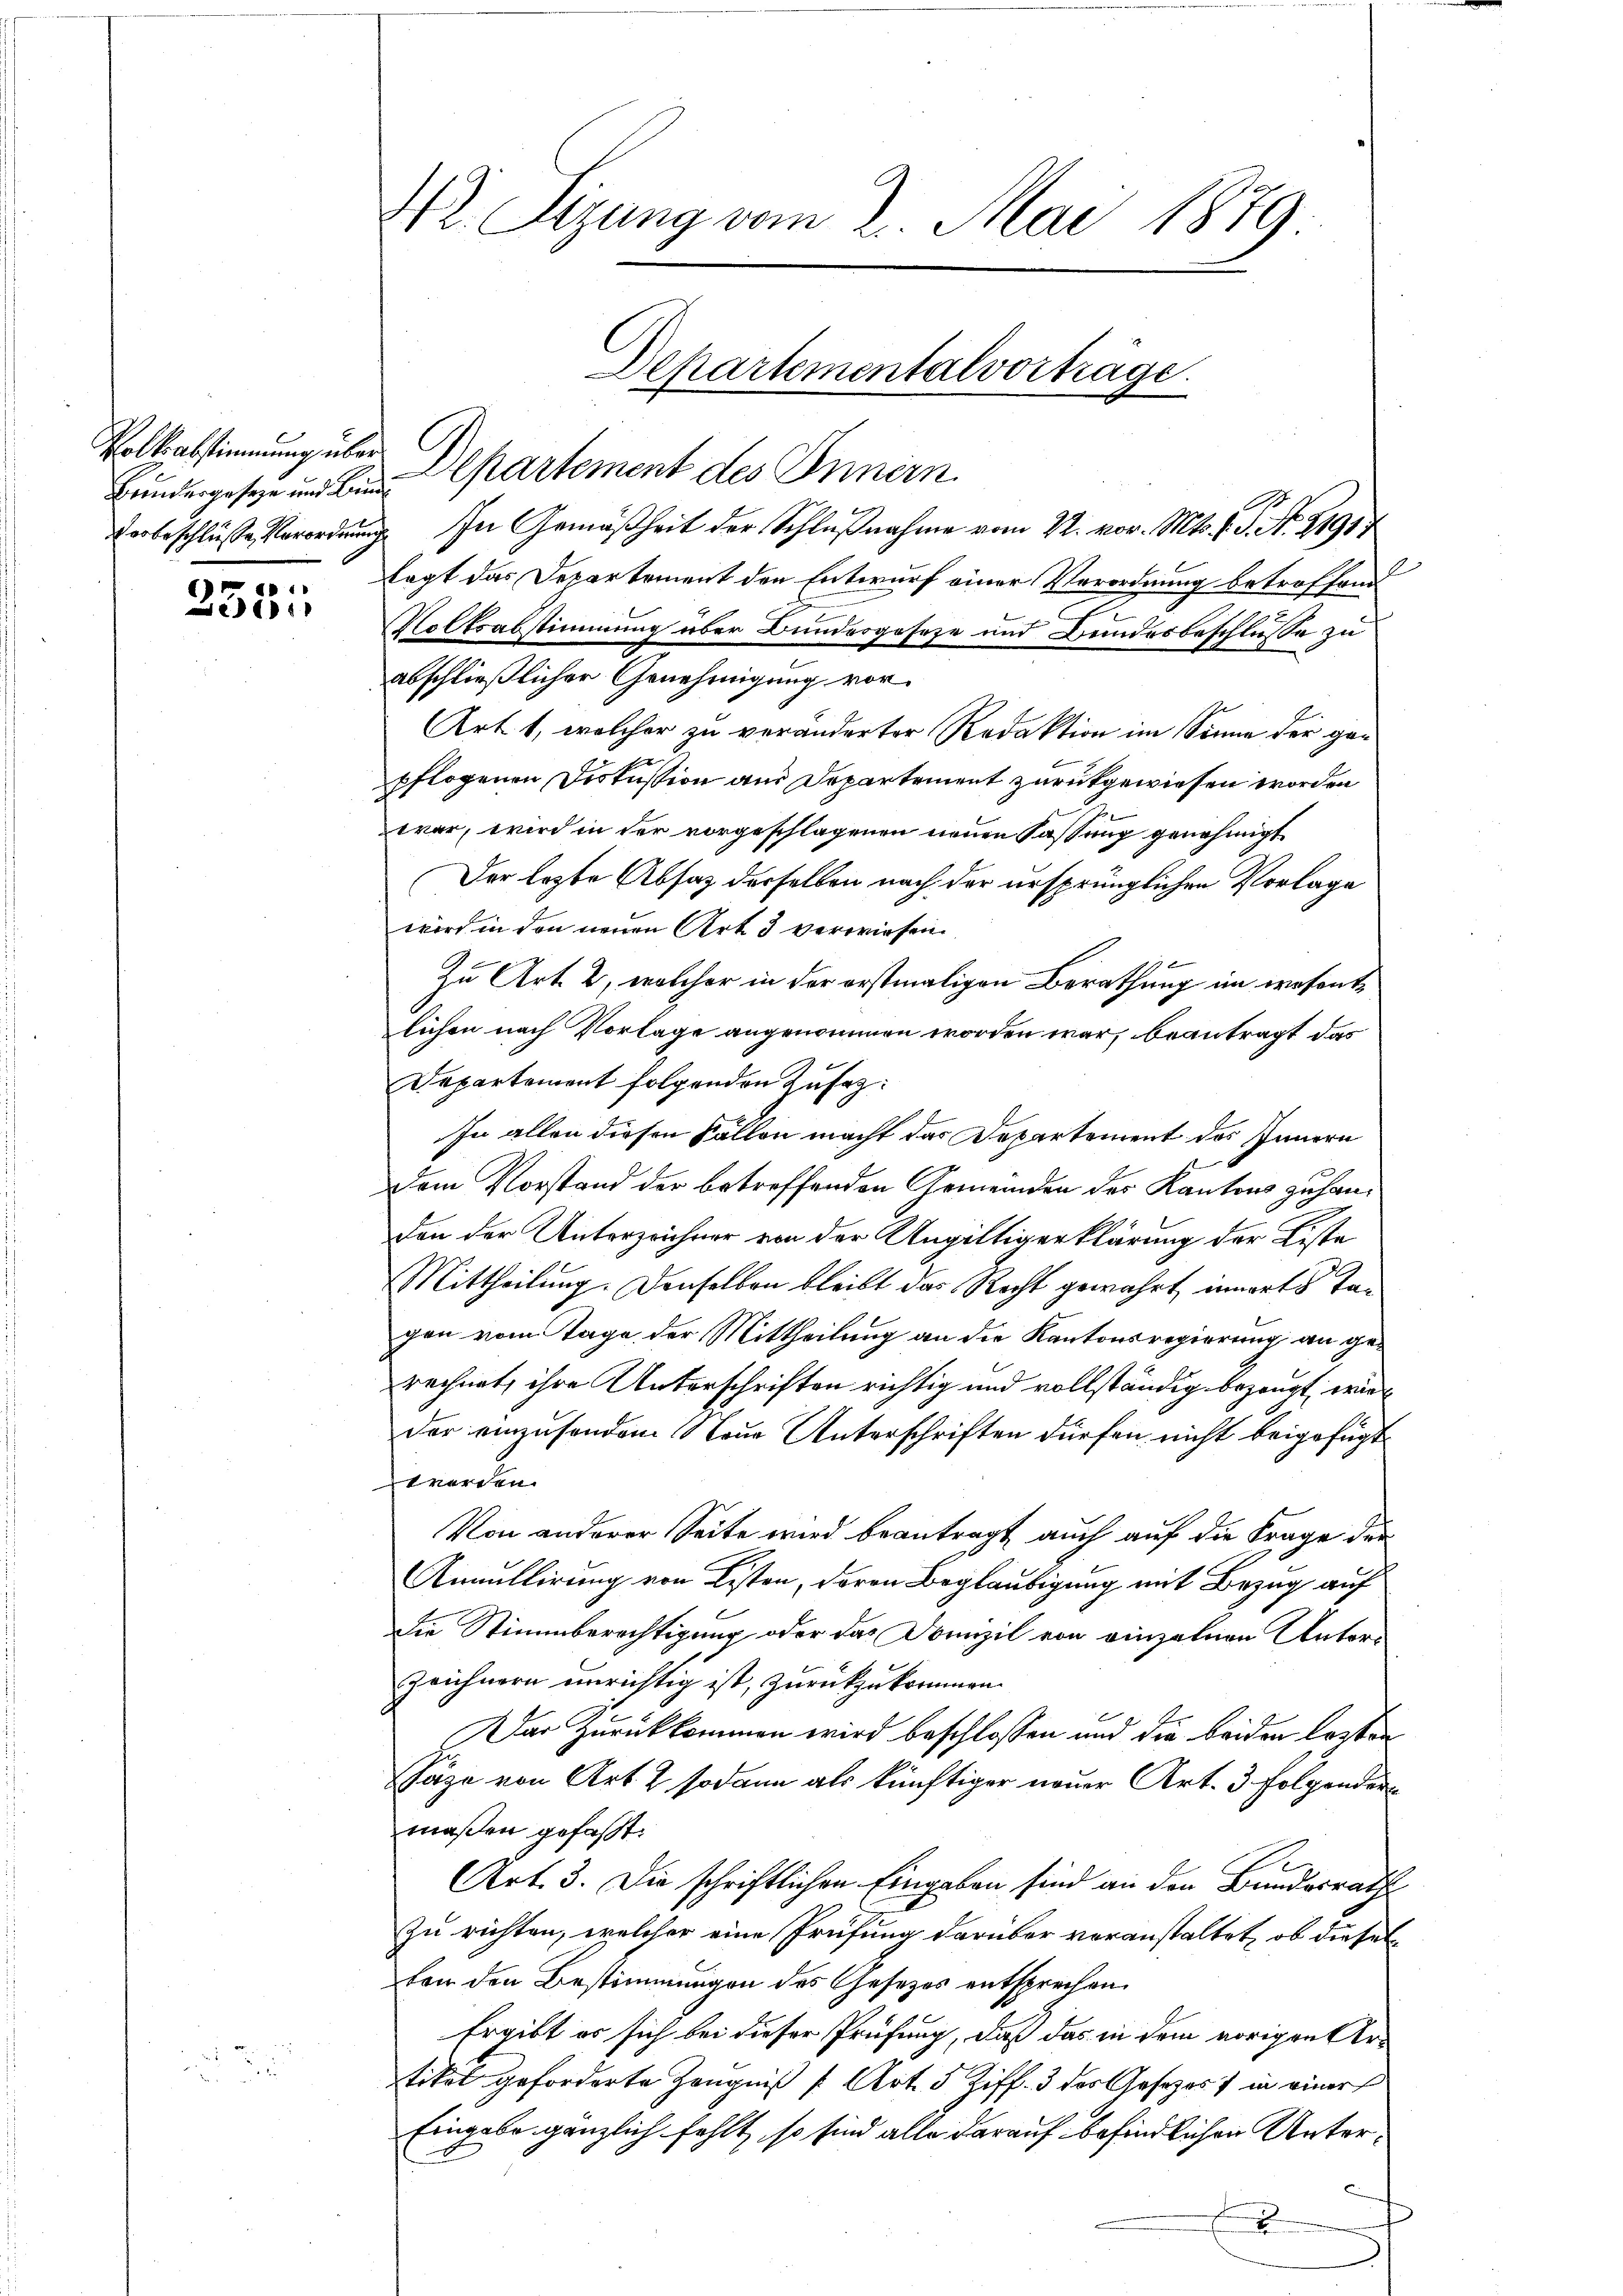
Volksabstimmung über

Gr
e

4 Sizung vom 2. Mai 1879.

Departementalvorträge.
Bundergeseze und in Departement des Innern

verbeschlüsse Verordnung. In Gemäßheit der Schlußnahme vom 22. vor. Mts. v. J. N. 21917
lagt das Departement den Entwurf einer Verordnung betroffend
Volksabstimmung über Bundesgeseze und Bundesbeschlusse zu
abschließlicher Genehmigung vor.
Art. 1, welcher zu veränderter Redaktion im Sinne der ganpflogenen Diskussion aus Departement zurückgewiesen worden
war, wird in der vorgeschlagenen neuen Fassung genehmigt
Der lezte Absatz derselben nach der ursprünglichen Vorlage
wird in den neuen Art. 3 verwiesen.
Zu Art. 2, welcher in der erstmaligen Berathung im wesentlichen nach Vorlage angenommen worden war, beantragt das
Departement folgenden Zusatz:
In allen diesen Fällen macht das Departement des Innern
dem Vorstand der betreffenden Gemeinden der Kantons zu handon der Unterzeichner von der Ungültigerklärung der Liste
Mittheilung. Denselben bleibt das Recht gewährt innerts Tagen vom Tage der Mittheilung an die Kantonsregierung an gerechnet, ihre Unterschriften richtig und vollständig bezeugt, wie
der einzusenden Neue Unterschriften dürfen nicht beigefügt
werden.
Von anderer Seite wird beantragt auch auf die Frage der
Annullirung von Listen, deren Beglaubigung mit Bezug auf
die Stimmberechtigung oder das Domizil von einzelnen Unters
Zeichnern einrichtig ist, zurückzukommen.
Der Zurückkommen wird beschlossen und die beiden lasten
Jäze von Art. 2 sodann als künftiger neuer Art. 3 folgender
maßen gefaßt.
Art. 3. Die schriftlichen Eingaben sind an den Bundesrath
zu richten, welcher eine Prüfung darüber voranstaltet, ob dieselvon den Bestimmungen des Gesetzes entsprechen.
Ergibt es sich bei dieser Prüfung, daß das in dem vorigen Artikel geforderte Zeugniß [Art. 5 Ziff. 3 der Gesetzes) in einer
Eingabe gänzlich fehlt, so sind alle darauf befindlichen Unter¬
2